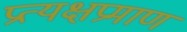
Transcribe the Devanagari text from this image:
प्रत्यक्षप्रमाण